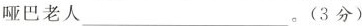
哑巴老人 ___ 。(3分)